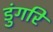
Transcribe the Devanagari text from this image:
डुंगरि